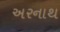
અરનાથ